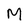
Character: M